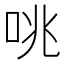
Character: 咷